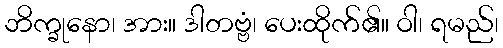
ဘိက္ခုနော၊ အား။ ဒါတဗ္ဗံ၊ ပေးထိုက်၏။ ဝါ၊ ရမည်၊